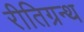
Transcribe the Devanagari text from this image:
रीतिग्रन्थ